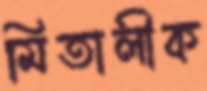
মিতালীক